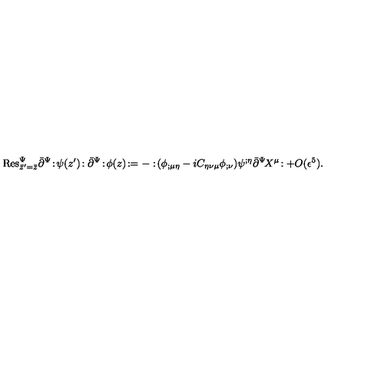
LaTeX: \mathrm { R e s } _ { \bar { z } ^ { \prime } = \bar { z } } ^ { \Psi } \bar { \partial } ^ { \Psi } \! : \! \psi ( z ^ { \prime } ) \! : \bar { \partial } ^ { \Psi } \! : \! \phi ( z ) \! : = - : \! ( \phi _ { ; \mu \eta } - i C _ { \eta \nu \mu } \phi _ { ; \nu } ) \psi ^ { ; \eta } \bar { \partial } ^ { \Psi } \! X ^ { \mu } \! : + O ( \epsilon ^ { 5 } ) .